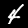
Label: 4